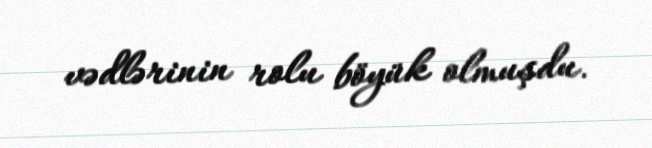
vədlərinin rolu böyük olmuşdu.